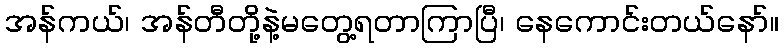
အန်ကယ်၊ အန်တီတို့နဲ့မတွေ့ရတာကြာပြီ၊ နေကောင်းတယ်နော်။